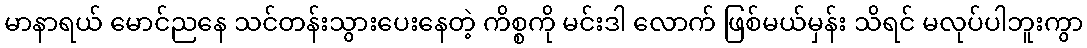
မာနာရယ် မောင်ညနေ သင်တန်းသွားပေးနေတဲ့ ကိစ္စကို မင်းဒါ လောက် ဖြစ်မယ်မှန်း သိရင် မလုပ်ပါဘူးကွာ